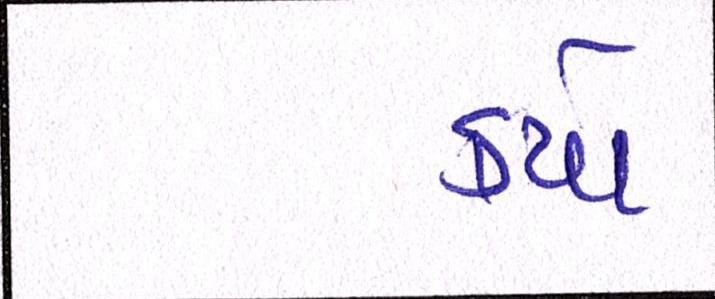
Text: કયો